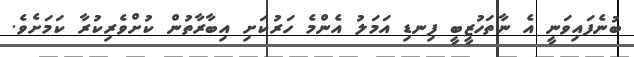
ބުނެފައިވަނީ އެ ނާތަހުޒީބީ ފިނޑި އަމަލު އެންމެ ހަރުކަށި އިބާރާތުން ކުށްވެރިކުރާ ކަމަށެވެ.